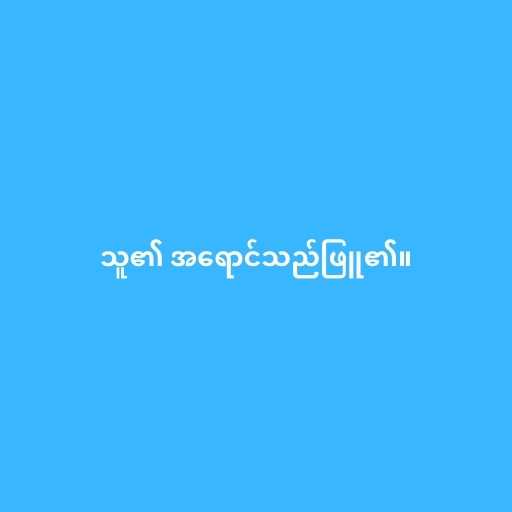
သူ၏ အရောင်သည်ဖြူ၏။